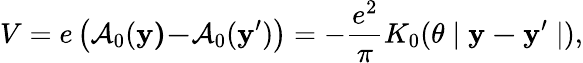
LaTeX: V=e\left(\mathcal{A}_{0}(\mathbf{y)-}\mathcal{A}_{0}(\mathbf{y}^{\prime})\right)=-\frac{e^{2}}{\pi}K_{0}(\theta\mid\mathbf{y-y}^{\prime}\mid),